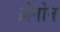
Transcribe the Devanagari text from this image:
ज़ेनोन